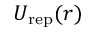
U _ { \mathrm { r e p } } ( r )